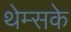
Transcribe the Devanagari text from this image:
थेम्सके